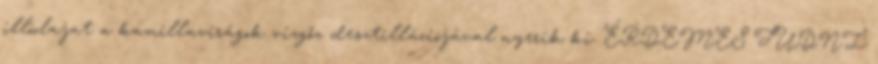
illóolajat a kamillavirágok vízgőz desztillációjával nyerik ki. ÉRDEMES TUDNI